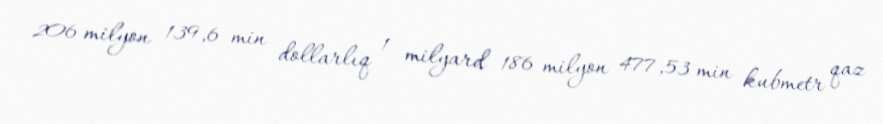
206 milyon 139,6 min dollarlıq 1 milyard 186 milyon 477,53 min kubmetr qaz